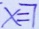
x = 7